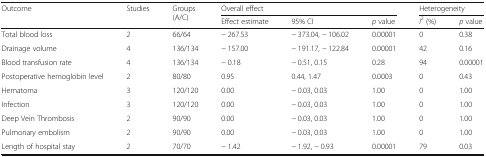
| <ROWSPAN=2> Outcome | <ROWSPAN=2> Studies | <ROWSPAN=2> Groups (A/C) | <COLSPAN=3> Overall effect | <COLSPAN=2> Heterogeneity |
 | Effect estimate | 95% CI | p value | I2 (%) | p value |
 | --- | --- | --- | --- | --- | --- | --- | --- |
 | Total blood loss | 2 | 66/64 | − 267.53 | − 373.04, − 106.02 | 0.00001 | 0 | 0.38 |
 | Drainage volume | 4 | 136/134 | − 157.00 | − 191.17, − 122.84 | 0.00001 | 42 | 0.16 |
 | Blood transfusion rate | 4 | 136/134 | − 0.18 | − 0.51, 0.15 | 0.28 | 94 | 0.00001 |
 | Postoperative hemoglobin level | 2 | 80/80 | 0.95 | 0.44, 1.47 | 0.0003 | 0 | 0.43 |
 | Hematoma | 3 | 120/120 | 0.00 | − 0.03, 0.03 | 1.00 | 0 | 1.00 |
 | Infection | 3 | 120/120 | 0.00 | − 0.03, 0.03 | 1.00 | 0 | 1.00 |
 | Deep Vein Thrombosis | 2 | 90/90 | 0.00 | − 0.03, 0.03 | 1.00 | 0 | 1.00 |
 | Pulmonary embolism | 2 | 90/90 | 0.00 | − 0.03, 0.03 | 1.00 | 0 | 1.00 |
 | Length of hospital stay | 2 | 70/70 | − 1.42 | − 1.92, − 0.93 | 0.00001 | 79 | 0.03 |